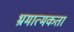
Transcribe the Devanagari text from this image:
भ्रमात्मकता